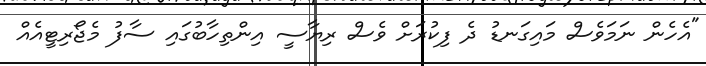
"އެހެން ނަމަވެސް މައިގަނޑު ދެ ފިކުރަށް ވެސް ރިޔާސީ އިންތިހާބުގައި ސާފު މެޖޯރިޓީއެއް